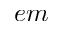
e m